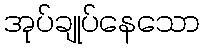
အုပ်ချုပ်နေသော